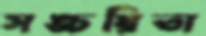
সঙ্চয়িতা